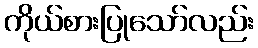
ကိုယ်စားပြုသော်လည်း